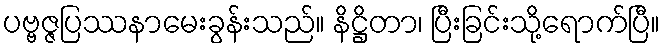
ပဗ္ဗဇ္ဇပြဿနာမေးခွန်းသည်။ နိဋ္ဌိတာ၊ ပြီးခြင်းသို့ရောက်ပြီ။